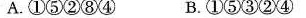
A.①⑤②⑧④ B.①⑤③②④